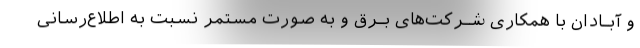
و آبـادان با همکاری شـرکت‌های بـرق و به صورت مستمر نسبت به اطلاع‌رسانی